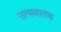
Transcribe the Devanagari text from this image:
उत्सवातच